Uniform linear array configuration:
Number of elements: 32
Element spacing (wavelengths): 0.75
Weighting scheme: kaiser
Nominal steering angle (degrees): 45
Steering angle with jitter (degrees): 46.59
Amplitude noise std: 0.05
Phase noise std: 0.05

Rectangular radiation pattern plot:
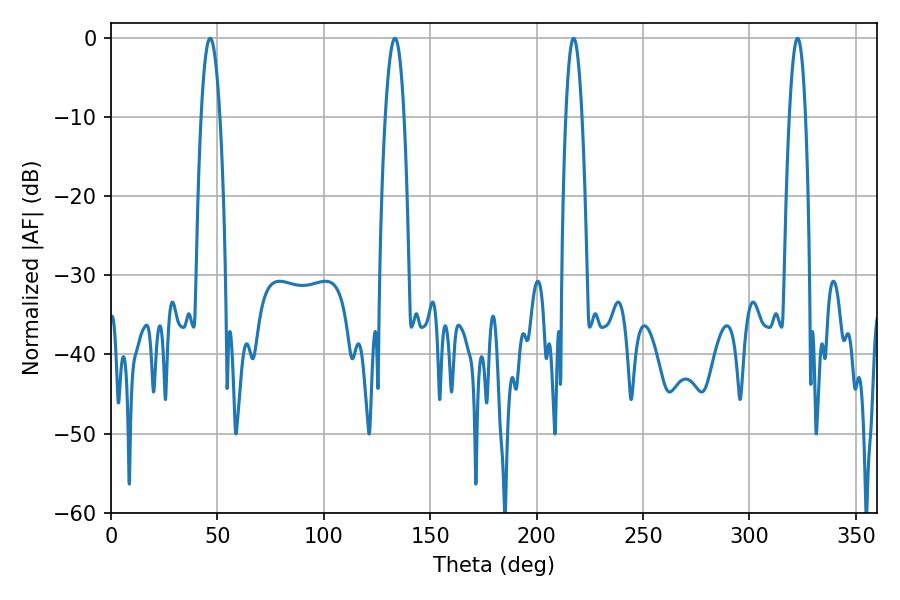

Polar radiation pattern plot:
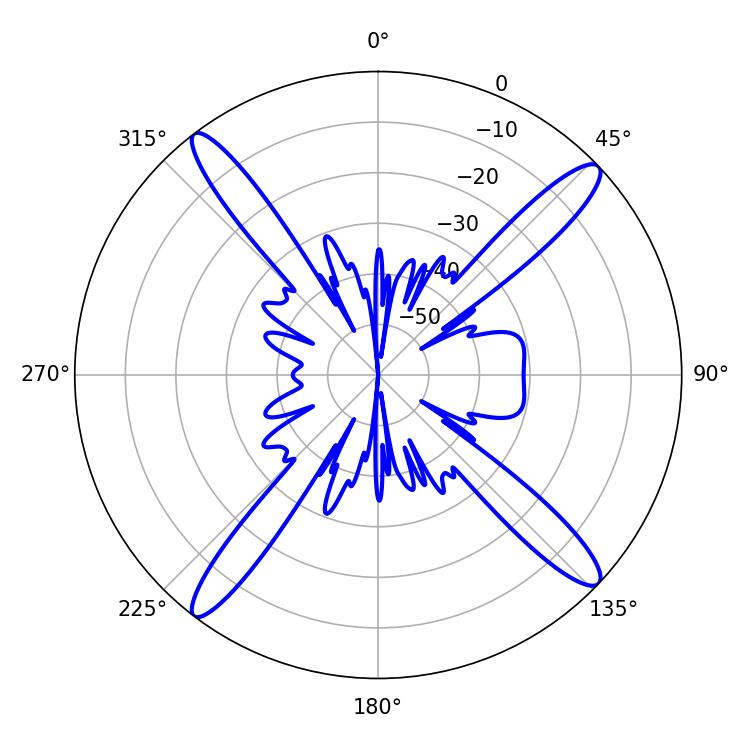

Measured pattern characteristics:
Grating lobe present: TRUE
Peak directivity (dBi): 17.278
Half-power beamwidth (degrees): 4.86
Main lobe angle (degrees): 46.62